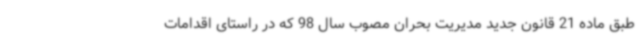
طبق ماده 21 قانون جدید مدیریت بحران مصوب سال 98 که در راستای اقدامات